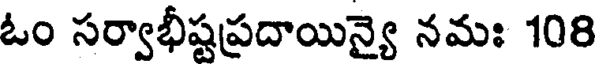
ఓం సర్వాభీష్టప్రదాయిన్యై నమః 108